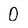
Character: 0